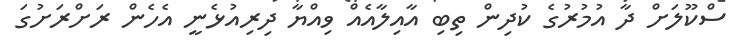
ސްކޫލަށް ދާ އުމުރުގެ ކުދިން ތިބި އާއިލާއެއް ވިއްޔާ ދިރިއުޅެނީ އެހެން ރަށްރަށުގަ